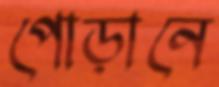
পোড়ানে